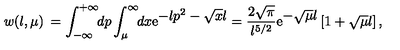
w ( l , \mu ) \: = \int _ { - \infty } ^ { + \infty } \! \! d p \int _ { \mu } ^ { \infty } \! \! d x \mathrm { e } ^ { \textstyle - l p ^ { 2 } - \sqrt { x } l } = \frac { 2 \sqrt { \pi } } { l ^ { 5 / 2 } } \mathrm { e } ^ { \textstyle - \sqrt { \mu } l } \left[ 1 + \sqrt { \mu } l \right] ,